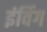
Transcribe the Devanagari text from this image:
इंविंग